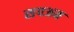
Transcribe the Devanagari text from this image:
सपअम